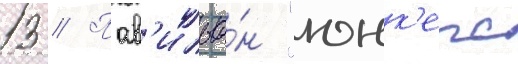
13 // Пав'ильо́н "юнк'ерс